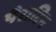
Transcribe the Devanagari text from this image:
पैराटिन